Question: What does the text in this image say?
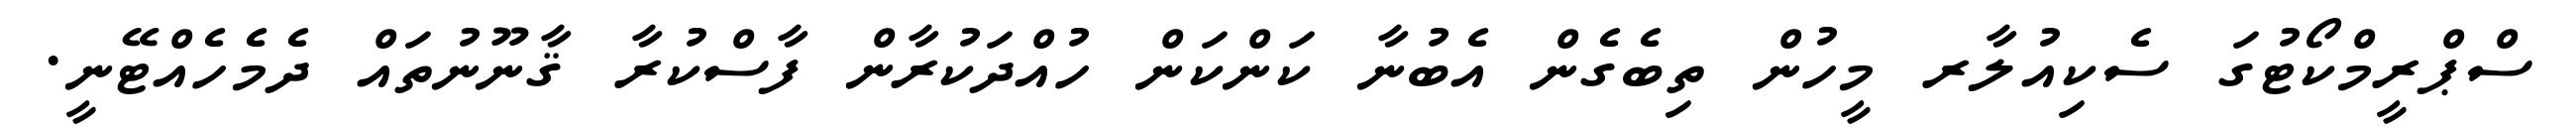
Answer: ސްޕްރީމްކޯޓުގަ ސެކިއުލާރ މީހުން ތިބެގެން އެބުނާ ކަންކަން ހުއްދަކުރާން ފާސްކުރާ ޤާނޫނުތައް ދެމެހެއްޓޭނީ.